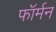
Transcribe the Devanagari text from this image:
फॉर्मन